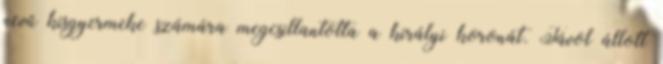
nevű kisgyermeke számára megcsillantotta a királyi koronát. Távol állott